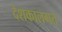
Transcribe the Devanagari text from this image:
देशकालगत